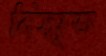
বিস্মৃত